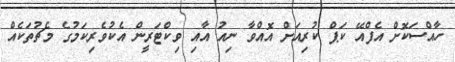
ހާއްސަކޮށް އެފްއޭ ކަޕް ކުރިއަށް އޮއްވާ ނިއު އާއި ވިކްޓަރީން އެކުވެރިކަމުގެ މެޗުތަކެއް